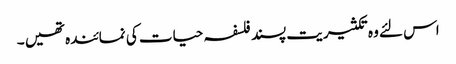
اس لئے وہ تکثیریت پسند فلسفہ حیات کی نمائندہ تھیں ۔